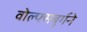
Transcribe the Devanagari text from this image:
वोल्फ्सबुर्गने